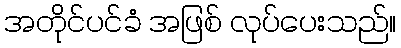
အတိုင်ပင်ခံ အဖြစ် လုပ်ပေးသည်။